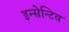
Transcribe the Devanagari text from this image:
इन्सेन्टिव